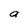
Character: a